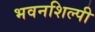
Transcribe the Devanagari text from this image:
भवनशिल्पी